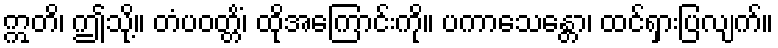
ဣတိ၊ ဤသို့။ တံပဝတ္တိံ၊ ထိုအကြောင်းကို။ ပကာသေန္တော၊ ထင်ရှားပြလျက်။